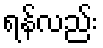
ရန်လည်း